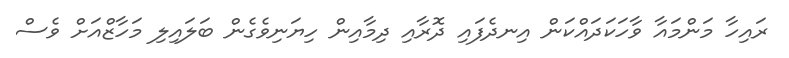
ރައިހާ މަންމައާ ވާހަކަދައްކަން އިނދެފައި ދޮރާއި ދިމާއިން ހިޔަނިވެގެން ބަލައިލި މަހާޒްއަށް ވެސް